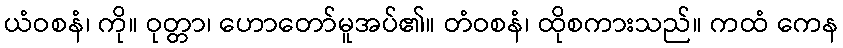
ယံဝစနံ၊ ကို။ ဝုတ္တာ၊ ဟောတော်မူအပ်၏။ တံဝစနံ၊ ထိုစကားသည်။ ကထံ ကေန